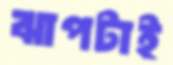
ঝাপটাই